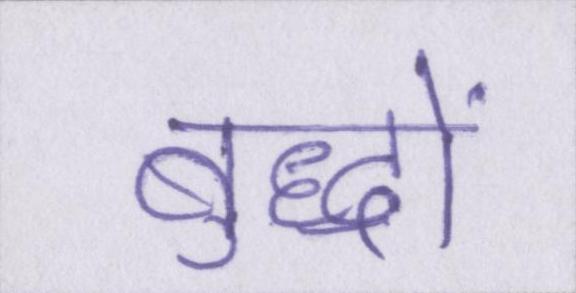
बुद्धों